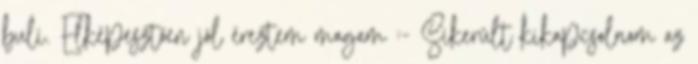
buli. Elképesztően jól éreztem magam :- Sikerült kikapcsolnom az